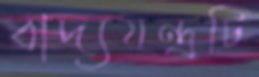
বাদ্যযন্ত্রটি